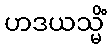
ဟဒယသ္မိံ